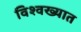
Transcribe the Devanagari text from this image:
विश्वख्यात